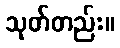
သုတ်တည်း။